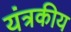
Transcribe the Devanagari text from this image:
यंत्रकीय